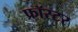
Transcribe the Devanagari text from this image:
फ्रॉस्टर